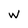
Character: W